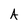
Character: A